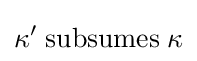
\kappa ^{\prime }\;{\text{subsumes}}\;\kappa